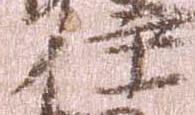
伊